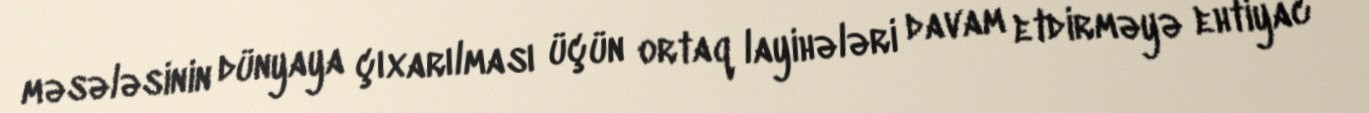
məsələsinin dünyaya çıxarılması üçün ortaq layihələri davam etdirməyə ehtiyac